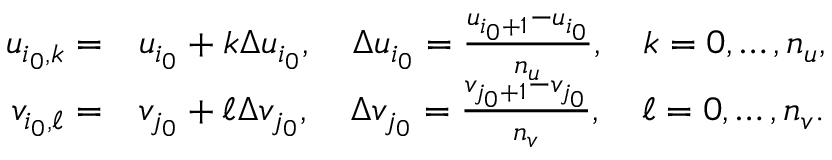
\begin{array} { r l } { u _ { i _ { 0 } , k } = } & { { } u _ { i _ { 0 } } + k \Delta u _ { i _ { 0 } } , \quad \Delta u _ { i _ { 0 } } = \frac { u _ { i _ { 0 } + 1 } - u _ { i _ { 0 } } } { n _ { u } } , \quad k = 0 , \ldots , n _ { u } , } \\ { v _ { i _ { 0 } , \ell } = } & { { } v _ { j _ { 0 } } + \ell \Delta v _ { j _ { 0 } } , \quad \Delta v _ { j _ { 0 } } = \frac { v _ { j _ { 0 } + 1 } - v _ { j _ { 0 } } } { n _ { v } } , \quad \ell = 0 , \ldots , n _ { v } . } \end{array}